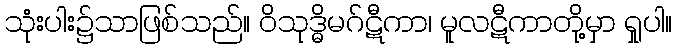
သုံးပါး၌သာဖြစ်သည်။ ဝိသုဒ္ဓိမဂ်ဋီကာ၊ မူလဋီကာတို့မှာ ရှုပါ။